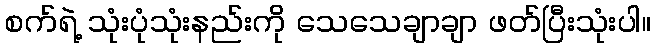
စက်ရဲ့ သုံးပုံသုံးနည်းကို သေသေချာချာ ဖတ်ပြီးသုံးပါ။